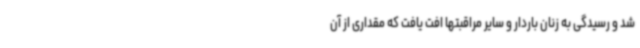
شد و رسیدگی به زنان باردار و سایر مراقبتها افت یافت که مقداری از آن